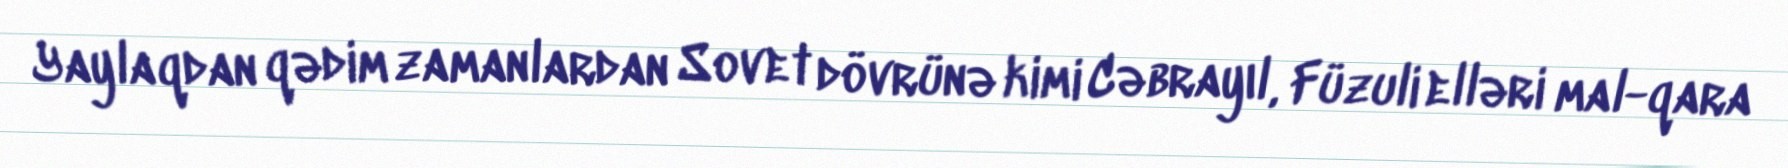
Yaylaqdan qədim zamanlardan Sovet dövrünə kimi Cəbrayıl, Füzuli elləri mal-qara